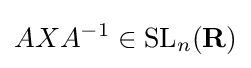
AXA^{-1}\in \mathrm {SL} _{n}(\mathbf {R} )